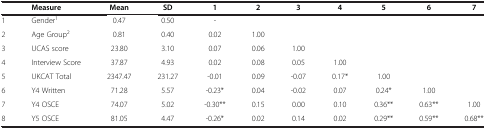
<table><thead><tr><td><b> </b></td><td><b>Measure</b></td><td><b>Mean</b></td><td><b>SD</b></td><td><b>1</b></td><td><b>2</b></td><td><b>3</b></td><td><b>4</b></td><td><b>5</b></td><td><b>6</b></td><td><b>7</b></td></tr></thead><tbody><tr><td>1</td><td>Gender<sup>1</sup></td><td>0.47</td><td>0.50</td><td>-</td><td> </td><td> </td><td> </td><td> </td><td> </td><td> </td><td> </td><td> </td><td> </td></tr><tr><td>2</td><td>Age Group<sup>2</sup></td><td>0.81</td><td>0.40</td><td>0.02</td><td>1.00</td><td> </td><td> </td><td> </td><td> </td><td> </td><td> </td><td> </td><td> </td></tr><tr><td>3</td><td>UCAS score</td><td>23.80</td><td>3.10</td><td>0.07</td><td>0.06</td><td>1.00</td><td> </td><td> </td><td> </td><td> </td><td> </td><td> </td><td> </td></tr><tr><td>4</td><td>Interview Score</td><td>37.87</td><td>4.93</td><td>0.02</td><td>0.08</td><td>0.05</td><td>1.00</td><td> </td><td> </td><td> </td><td> </td><td> </td><td> </td></tr><tr><td>5</td><td>UKCAT Total</td><td>2347.47</td><td>231.27</td><td>-0.01</td><td>0.09</td><td>-0.07</td><td>0.17*</td><td>1.00</td><td> </td><td> </td><td> </td><td> </td><td> </td></tr><tr><td>6</td><td>Y4 Written</td><td>71.28</td><td>5.57</td><td>-0.23*</td><td>0.04</td><td>-0.02</td><td>0.07</td><td>0.24*</td><td>1.00</td><td> </td><td> </td><td> </td><td> </td></tr><tr><td>7</td><td>Y4 OSCE</td><td>74.07</td><td>5.02</td><td>-0.30**</td><td>0.15</td><td>0.00</td><td>0.10</td><td>0.36**</td><td>0.63**</td><td>1.00</td><td> </td><td> </td><td> </td></tr><tr><td>8</td><td>Y5 OSCE</td><td>81.05</td><td>4.47</td><td>-0.26*</td><td>0.02</td><td>0.14</td><td>0.02</td><td>0.29**</td><td>0.59**</td><td>0.68**</td><td> </td><td> </td><td> </td></tr></tbody></table>